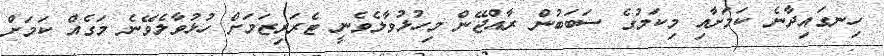
ހިނގައިދާނެ ކަމަށާއި މިކަމުގެ ސަބަބުން ރާއްޖޭން މިހުޅުވާލެވެނީ ޓެރަރިޒަމަށް ހުޅުވާލެވޭނެ މަގެއް ކަމަށް